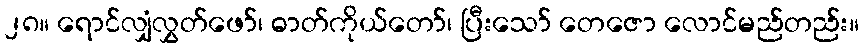
၂၈။ ရောင်လျှံလွှတ်ဖော်၊ ဓာတ်ကိုယ်တော်၊ ပြီးသော် တေဇော လောင်မည်တည်း။